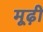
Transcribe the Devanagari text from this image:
मूढ़ी